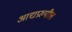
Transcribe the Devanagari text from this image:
आद्यप्ररुपील